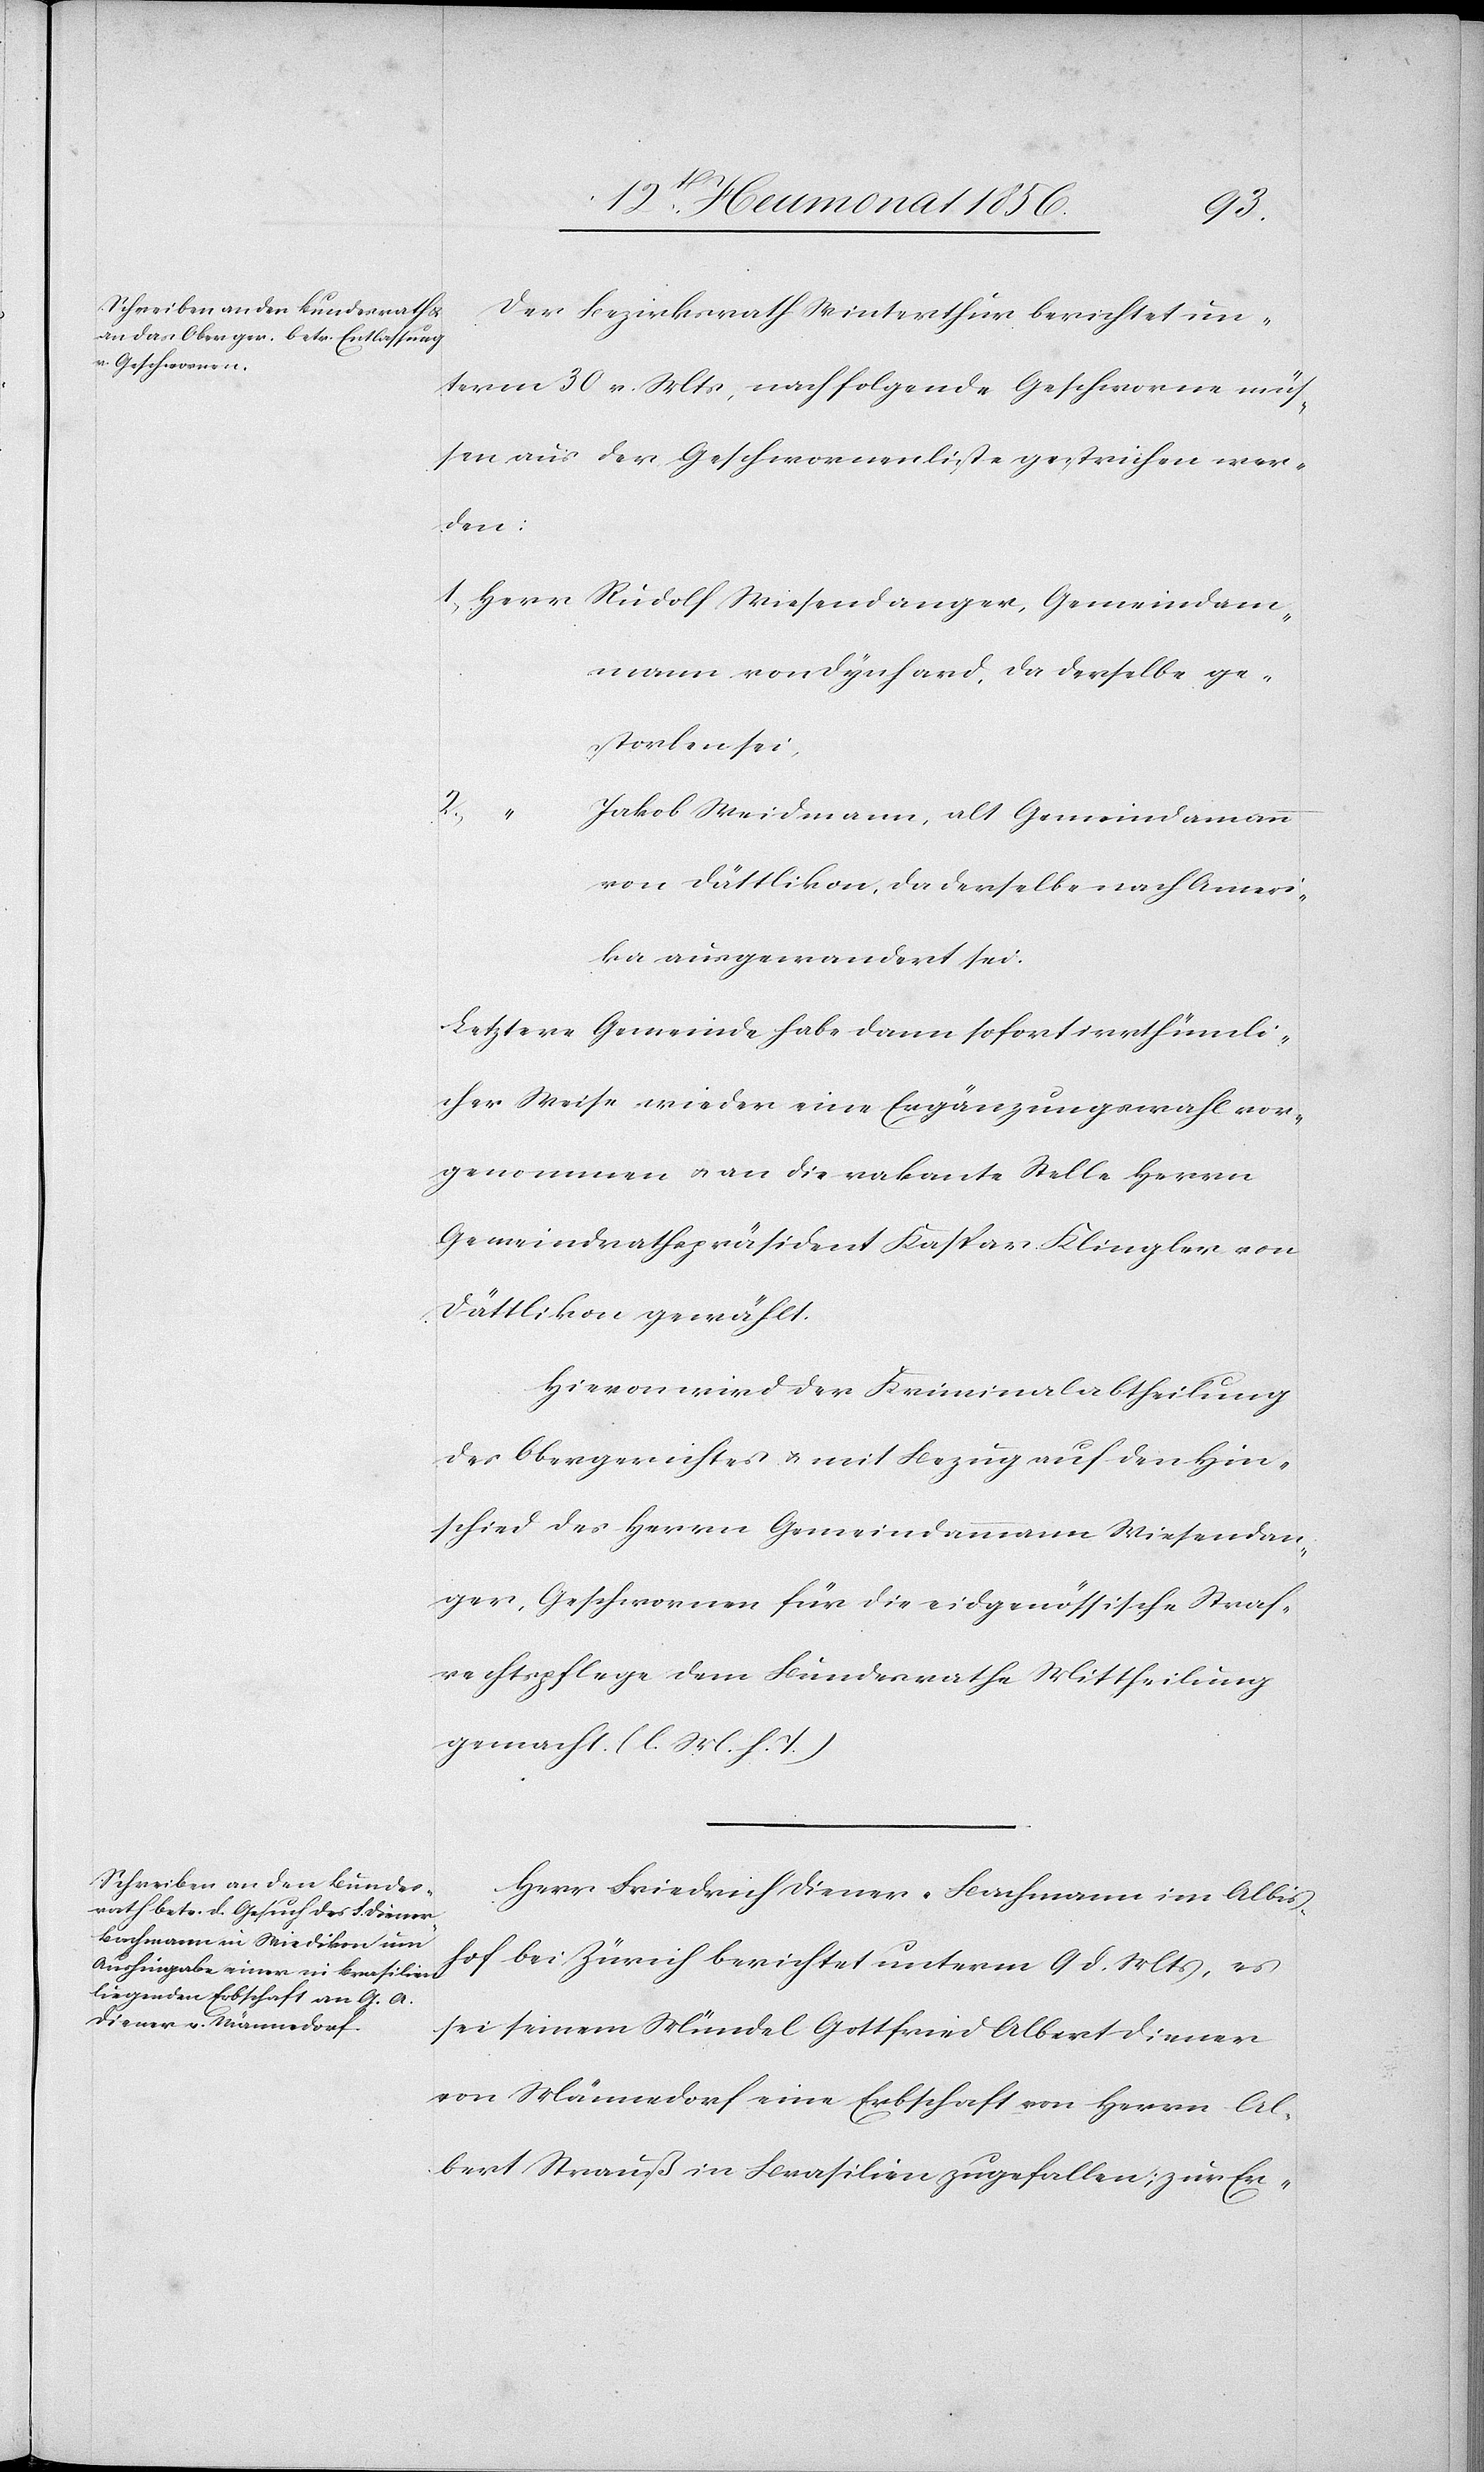
Gemeinda¬
Der Bezirksrath Winterthur berichtet un¬
term 30 v. Mts, nachfolgende Geschworne müs¬
sen aus der Geschwornenliste gestrichen wer¬
den:
mmann von Dynhard, da derselbe ge¬
storben sei,
2.)
Jakob Weidmann, alt Gemeindamann
von Dättlikon, da derselbe nach Ameri¬
ka ausgewandert sei.
Letztere Gemeinde habe dann sofort irrthümli¬
cher Weise wieder eine Ergänzungswahl vor¬
genommen u. an die vakante Stelle Herrn
Gemeindrathspräsident Kaspar Klingler von
Dättlikon gewählt.
Hievon wird der Kriminalabtheilung
des Obergerichtes u. mit Bezug auf den Hin¬
schied des Herrn Gemeindammann Wiesendan¬
ger, Geschwornen für die eidgenössische Straf¬
rechtspflege dem Bundesrathe Mittheilung
gemacht. (l. M. h. T.)
Herr Friedrich Diener-Bachmann im Albis¬
hof bei Zürich berichtet unterm 9 d. Mts, es
sei seinem Mündel Gottfried Albert Diener
von Männedorf eine Erbschaft von Herrn Al¬
bert Strauß in Brasilien zugefallen; zur Er-